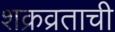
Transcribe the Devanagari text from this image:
शक्रव्रताची